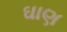
ઘાણ